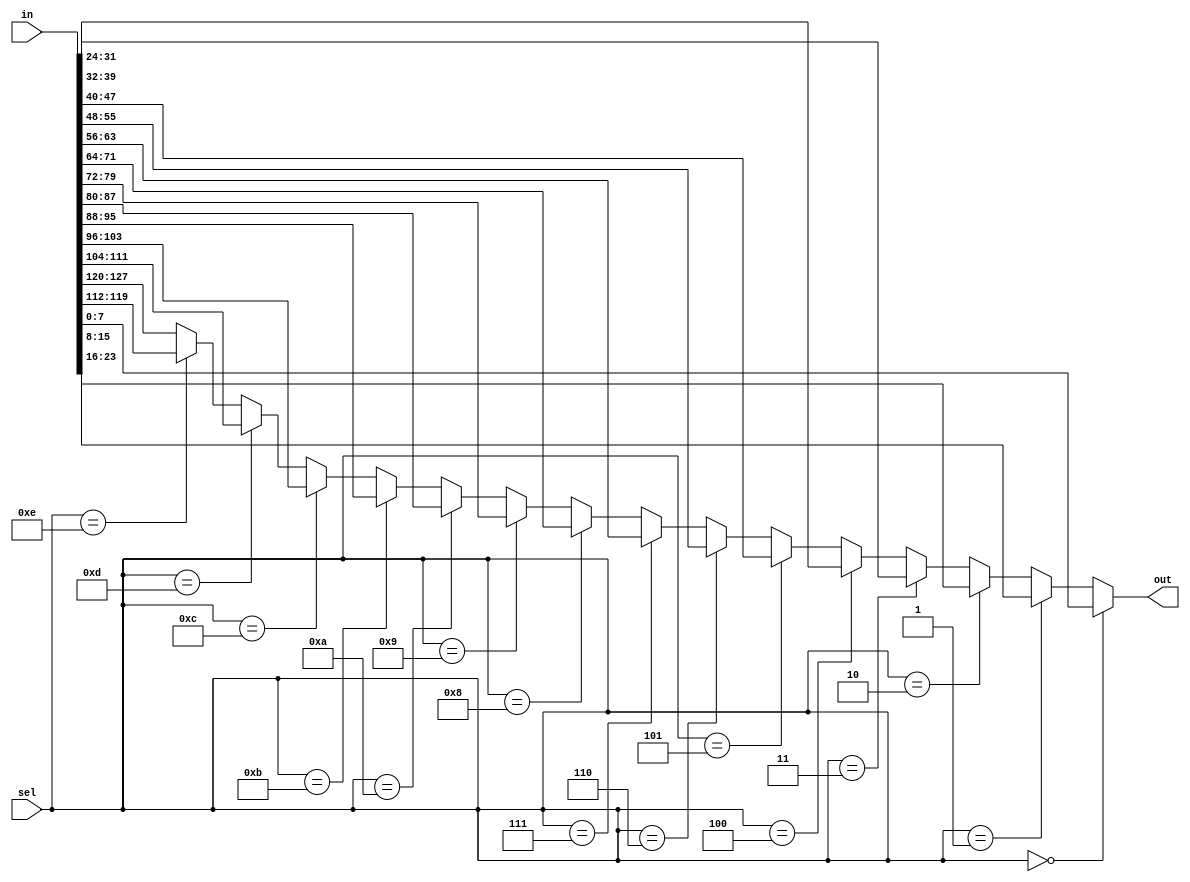
module mux16to1 #(parameter W = 8) (
  input [16*W-1:0] in,
  input [3:0] sel,
  output [W-1:0] out
);

  assign out = (sel == 4'b0000) ? in[0*W +: W] :
               (sel == 4'b0001) ? in[1*W +: W] :
               (sel == 4'b0010) ? in[2*W +: W] :
               (sel == 4'b0011) ? in[3*W +: W] :
               (sel == 4'b0100) ? in[4*W +: W] :
               (sel == 4'b0101) ? in[5*W +: W] :
               (sel == 4'b0110) ? in[6*W +: W] :
               (sel == 4'b0111) ? in[7*W +: W] :
               (sel == 4'b1000) ? in[8*W +: W] :
               (sel == 4'b1001) ? in[9*W +: W] :
               (sel == 4'b1010) ? in[10*W +: W] :
               (sel == 4'b1011) ? in[11*W +: W] :
               (sel == 4'b1100) ? in[12*W +: W] :
               (sel == 4'b1101) ? in[13*W +: W] :
               (sel == 4'b1110) ? in[14*W +: W] :
               in[15*W +: W];

endmodule


/*
module mux16to1 #(parameter W = 8) (
  input [W-1:0] in0,in1,in2,in3,in4,in5,in6,in7,in8,in9,in10,in11,in12,in13,in14,in15,
  input [3:0] sel,
  output [W-1:0] out
);

  assign out = (sel == 4'b0000) ? in0 :
               (sel == 4'b0001) ? in1 :
               (sel == 4'b0010) ? in2 :
               (sel == 4'b0011) ? in3 :
               (sel == 4'b0100) ? in4 :
               (sel == 4'b0101) ? in5 :
               (sel == 4'b0110) ? in6 :
               (sel == 4'b0111) ? in7 :
               (sel == 4'b1000) ? in8 :
               (sel == 4'b1001) ? in9 :
               (sel == 4'b1010) ? in10 :
               (sel == 4'b1011) ? in11 :
               (sel == 4'b1100) ? in12 :
               (sel == 4'b1101) ? in13 :
               (sel == 4'b1110) ? in14 :
               in15;

endmodule

car B = car A [6+:2];     // equivalent to car A[7:6]

*/